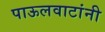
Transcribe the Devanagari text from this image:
पाऊलवाटांनी